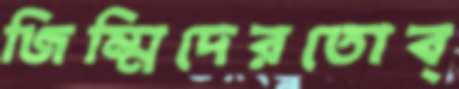
জিম্মিদেরতোব্‌